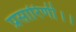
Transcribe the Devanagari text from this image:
प्रसारिणी।।